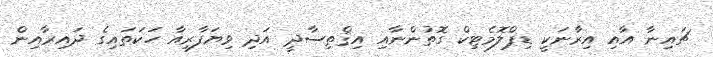
ޗައިނާ އާއި އިރާނަކީ ޑިޕްލޮމެޓިކް ގޮތުންނާއި އިޤްތިސާދީ އަދި ވިޔަފާރިއާ ހަކަތައިގެ ދައިރާއިން